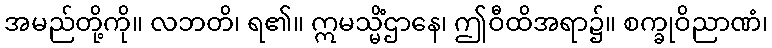
အမည်တို့ကို။ လဘတိ၊ ရ၏။ ဣမသ္မိံဌာနေ၊ ဤဝီထိအရာ၌။ စက္ခုဝိညာဏံ၊